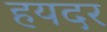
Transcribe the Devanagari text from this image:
हयदर